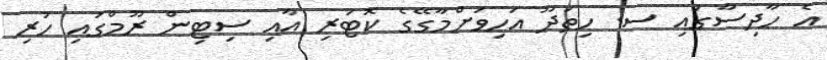
އެ ހާދިސާގައި ސ. ހިތަދޫ އަހިވަށްމާގޭގެ ކޮޓަރި އާއި ސިޓިން ރޫމްގައި ހުރި